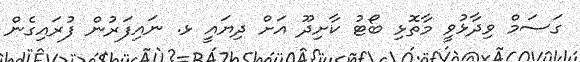
ގަސަމް ވިދާޅުވީ މާތޮޅި ބޯޓު ކާށިދޫ އަށް ދިޔައީ ޅ. ނައިފަރުން ފުރައިގެން